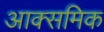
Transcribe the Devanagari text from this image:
आक्समिक